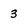
Character: 3